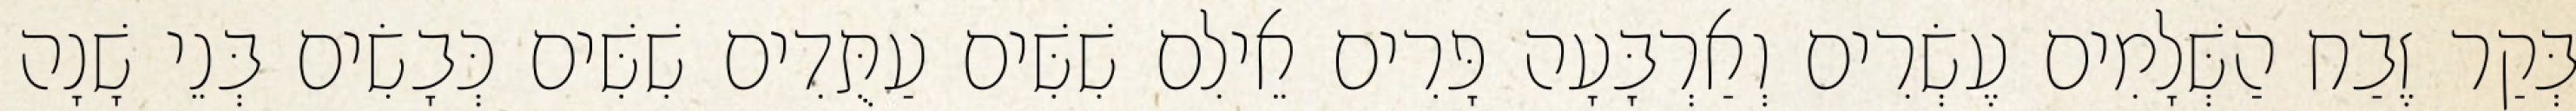
בְּקַר זֶבַח הַשְּׁלָמִים עֶשְׂרִים וְאַרְבָּעָה פָּרִים אֵילִם שִׁשִּׁים עַתֻּדִים שִׁשִּׁים כְּבָשִׂים בְּנֵי שָׁנָה